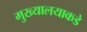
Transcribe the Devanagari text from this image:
मुख्यालयाकडे